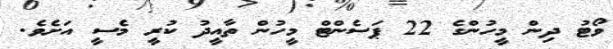
ވޯޓު ދިން މީހުންގެ 22 ޕަސެންޓް މީހުން ތާއީދު ކުރީ މެސީ އަށެވެ.